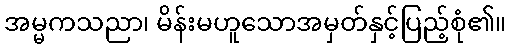
အမ္မကသညာ၊ မိန်းမဟူသောအမှတ်နှင့်ပြည့်စုံ၏။